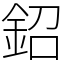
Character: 鉊